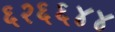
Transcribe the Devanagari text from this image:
६२६६४४